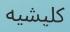
كليشيه